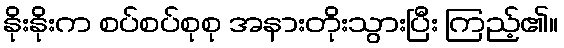
နိုးနိုးက စပ်စပ်စုစု အနားတိုးသွားပြီး ကြည့်၏။